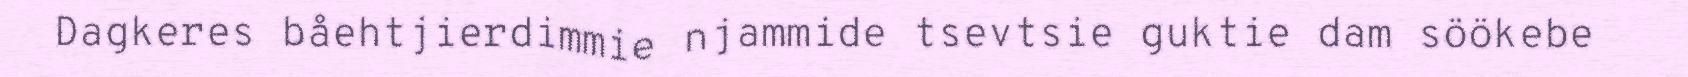
Dagkeres båehtjierdimmie njammide tsevtsie guktie dam söökebe